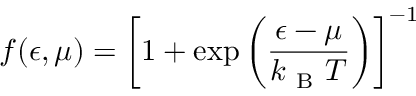
f ( \epsilon , \mu ) = \left[ 1 + \exp \left( \frac { \epsilon - \mu } { k _ { \mathrm { ~ B ~ } } T } \right) \right] ^ { - 1 }